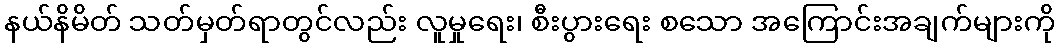
နယ်နိမိတ် သတ်မှတ်ရာတွင်လည်း လူမှုရေး၊ စီးပွားရေး စသော အကြောင်းအချက်များကို